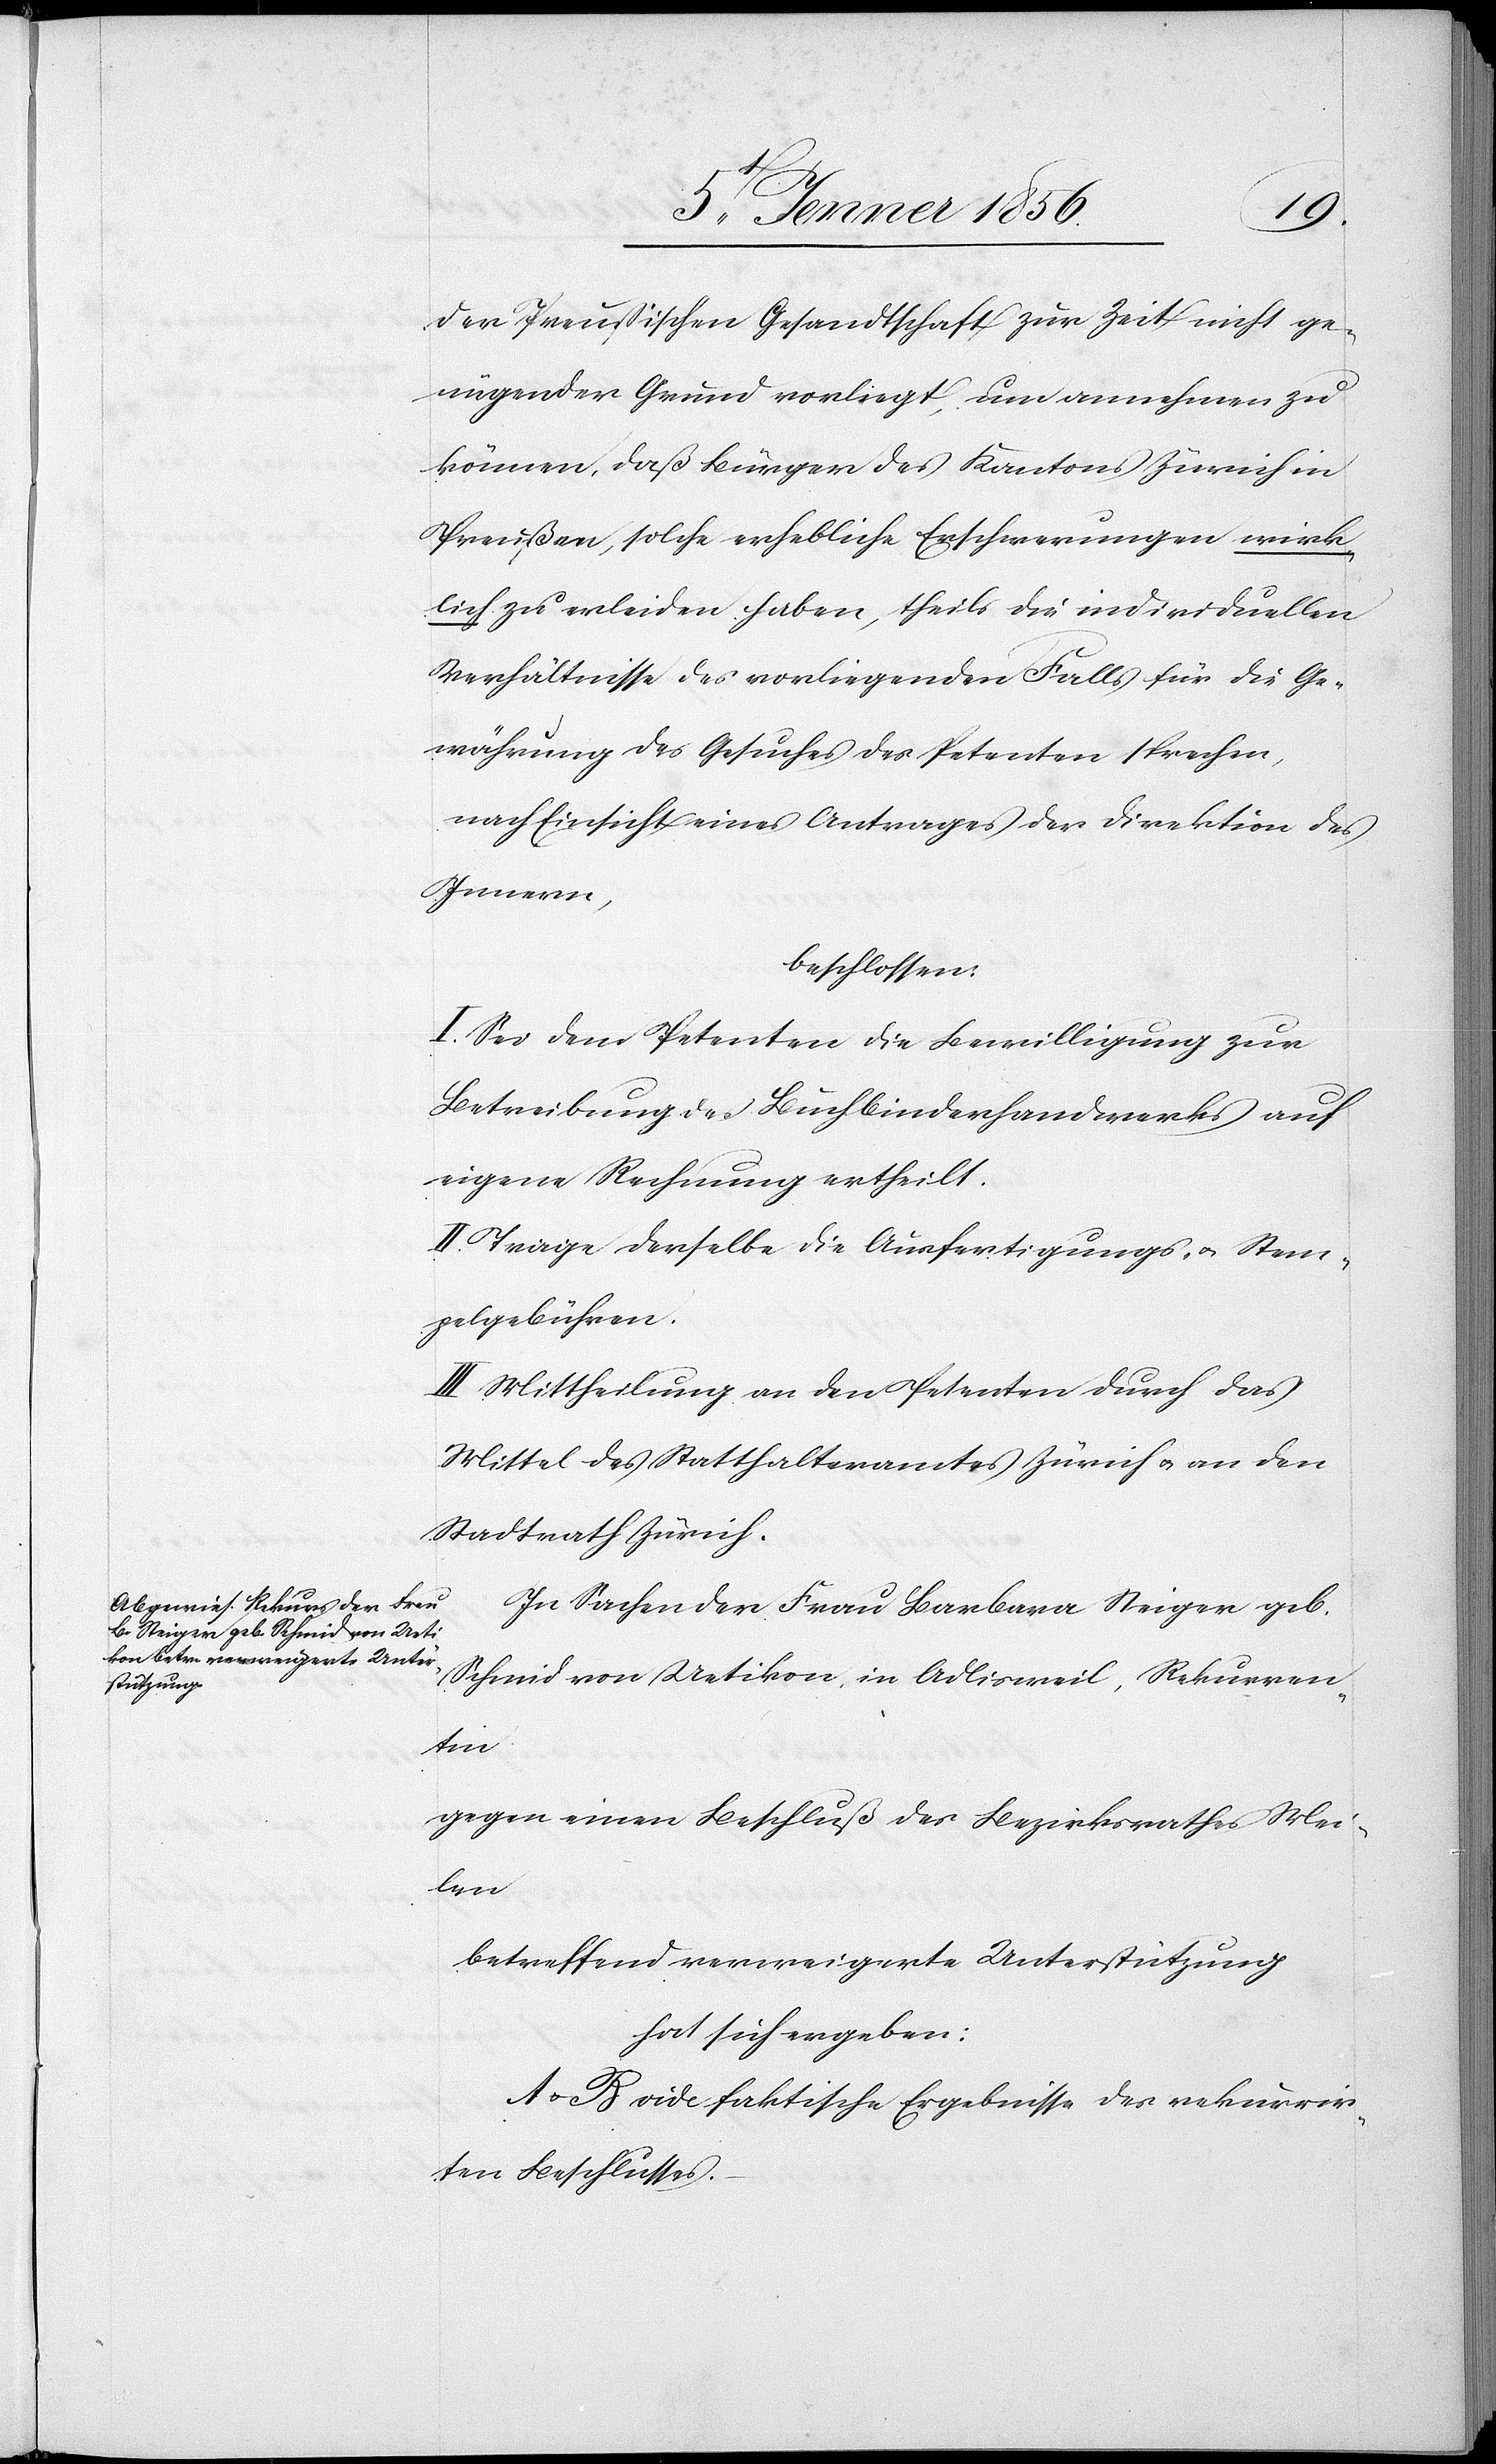
der Preußischen Gesandtschaft zur Zeit nicht ge¬
nügender Grund vorliegt, um annehmen zu
können, daß Bürger des Kantons Zürich in
Preußen, solche erhebliche Erschwerungen wirk¬
lich zu erleiden haben, theils die individuellen
Verhältnisse des vorliegenden Falls für die Ge¬
währung des Gesuches des Petenten sprechen,
nach Einsicht eines Antrages der Direktion des
Innern,
beschlossen:
I. Sei dem Petenten die Bewilligung zur
Betreibung des Buchbinderhandwerks auf
eigene Rechnung ertheilt.
II. Trage derselbe die Ausfertigungs- u. Stem¬
pelgebühren.
III. Mittheilung an den Petenten durch das
Mittel des Statthalteramtes Zürich u. an den
Stadtrath Zürich.
In Sachen der Frau Barbara Steiger geb.
Schmid von Uetikon, in Adlisweil, Rekurren¬
tin
gegen einen Beschluß des Bezirksrathes Mei¬
len
betreffend verweigerte Unterstützung
hat sich ergeben:
A–B vide faktische Ergebnisse des rekurrir¬
ten Beschlusses.